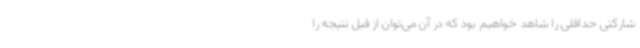
شارکتی حداقلی را شاهد خواهیم بود که در آن می‌توان از قبل نتیجه را